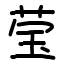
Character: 莹